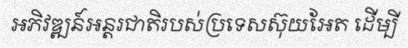
អភិវឌ្ឍន៍អន្តរជាតិរបស់ប្រទេសស៊ុយអែត ដើម្បី